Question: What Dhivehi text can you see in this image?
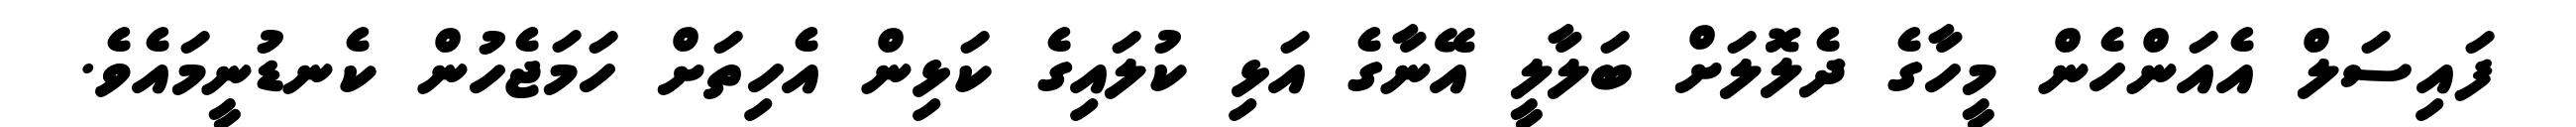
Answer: ފައިސަލް އެއަންހެން މީހާގެ ދެލޮލަށް ބަލާލީ އޭނާގެ އަޅި ކުލައިގެ ކަޅިން އެހިތަށް ހަމަޖެހުން ކެނޑުނީމައެވެ.